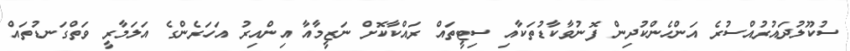
ސުކޫލުދައުރުއްސުރެ އަންހެންކުދިން ފޮނުވާކާޑުތަކާއި ސިޓީތައް ރައްކާކޮށް ނަޒީމާއާ އިންއިރު އަހަރެންގެ އަލަމާރީ ވަތްގަނޑުތައް